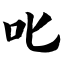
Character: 叱